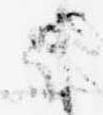
候